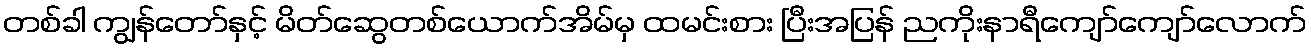
တစ်ခါ ကျွန်တော်နှင့် မိတ်ဆွေတစ်ယောက်အိမ်မှ ထမင်းစား ပြီးအပြန် ညကိုးနာရီကျော်ကျော်လောက်